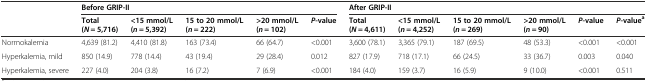
<table><thead><tr><td></td><td colspan="5"><b>Before GRIP-II</b></td><td colspan="6"><b>After GRIP-II</b></td></tr><tr><td></td><td><b>Total (<i>N</i> = 5,716)</b></td><td><b>&lt;15 mmol/L (<i>n</i> = 5,392)</b></td><td><b>15 to 20 mmol/L (<i>n</i> = 222)</b></td><td><b>&gt;20 mmol/L (<i>n</i> = 102)</b></td><td><b><i>P</i>-value</b></td><td><b>Total (<i>N</i> = 4,611)</b></td><td><b>&lt;15 mmol/L (<i>n</i> = 4,252)</b></td><td><b>15 to 20 mmol/L (<i>n</i> = 269)</b></td><td><b>&gt;20 mmol/L (<i>n</i> = 90)</b></td><td><b><i>P</i>-value</b></td><td><b><i>P</i>-value<sup>a</sup></b></td></tr></thead><tbody><tr><td>Normokalemia</td><td>4,639 (81.2)</td><td>4,410 (81.8)</td><td>163 (73.4)</td><td>66 (64.7)</td><td>&lt;0.001</td><td>3,600 (78.1)</td><td>3,365 (79.1)</td><td>187 (69.5)</td><td>48 (53.3)</td><td>&lt;0.001</td><td>&lt;0.001</td></tr><tr><td>Hyperkalemia, mild</td><td>850 (14.9)</td><td>778 (14.4)</td><td>43 (19.4)</td><td>29 (28.4)</td><td>0.012</td><td>827 (17.9)</td><td>718 (17.1)</td><td>66 (24.5)</td><td>33 (36.7)</td><td>0.003</td><td>0.040</td></tr><tr><td>Hyperkalemia, severe</td><td>227 (4.0)</td><td>204 (3.8)</td><td>16 (7.2)</td><td>7 (6.9)</td><td>&lt;0.001</td><td>184 (4.0)</td><td>159 (3.7)</td><td>16 (5.9)</td><td>9 (10.0)</td><td>&lt;0.001</td><td>0.511</td></tr></tbody></table>